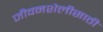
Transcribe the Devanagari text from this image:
जीवनशैलीसाठी